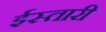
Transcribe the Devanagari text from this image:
ईस्तारी